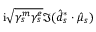
\mathrm { i } \sqrt { \gamma _ { s } ^ { m } \gamma _ { s } ^ { e } } \Im ( \hat { d } _ { s } ^ { * } \cdot \hat { \mu } _ { s } )